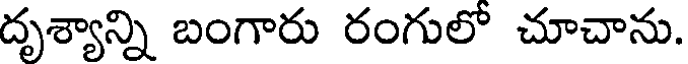
దృశ్యాన్ని బంగారు రంగులో చూచాను.